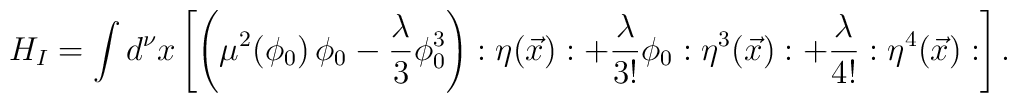
H_I=\int d^{\nu}x \left[ \left(\mu^2(\phi_0) \, \phi_0 - {{\lambda}\over 3} \phi^3_0 \right):\eta(\vec {x}): + {\lambda\over {3!}} \phi_0 : \eta^3(\vec {x}): + {\lambda\over {4!}} :\eta^4(\vec {x}): \right].